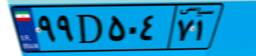
۹۹D۵۰۴۷۱